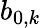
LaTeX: b_{0,k}